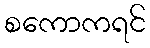
စကောကရင်